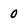
Character: o